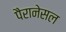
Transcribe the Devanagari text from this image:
पैरानेसल